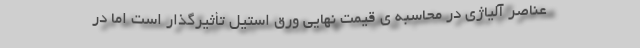
عناصر آلیاژی در محاسبه ی قیمت نهایی ورق استیل تأثیرگذار است اما در